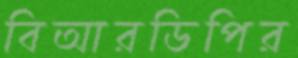
বিআরডিপির